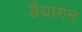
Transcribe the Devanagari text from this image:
डैयागन